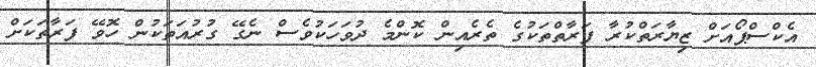
އެކްސްޕޯއަށް ޒިޔާރަތްކުރާ ފަރާތްތަކުގެ ތެރެއިން ކޮންމެ ދުވަހަކުވެސް ނެގޭ ގުރުއަތަކުން ހޮވޭ ފަރާތަކަށް